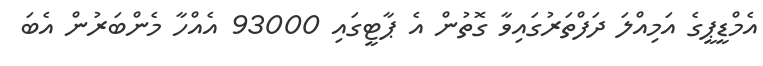
އެމްޑީޕީގެ އަމިއްލަ ދަފްތަރުގައިވާ ގޮތުން އެ ޕާޓީގައި 93000 އެއްހާ މެންބަރުން އެބަ